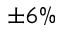
\pm 6 \%